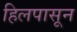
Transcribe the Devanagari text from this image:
हिलपासून